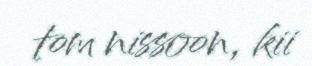
tom nissoon, kii